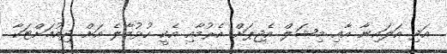
އަދި އަލައިނާ އާއި މިޝަލް އެޖިޕަށް އެރުމާއި އެކީ ހުޅުމާލެ އަށް ދިއުމަށްޓަކާ